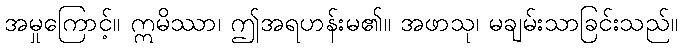
အမှုကြောင့်။ ဣမိဿာ၊ ဤအရဟန်းမ၏။ အဖာသု၊ မချမ်းသာခြင်းသည်။